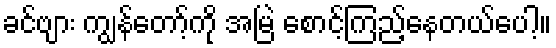
ခင်ဗျား ကျွန်တော့်ကို အမြဲ စောင့်ကြည့်နေတယ်ပေါ့။